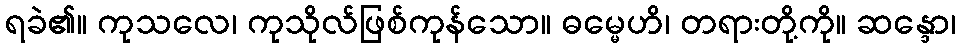
ရခဲ၏။ ကုသလေ၊ ကုသိုလ်ဖြစ်ကုန်သော။ ဓမ္မေဟိ၊ တရားတို့ကို။ ဆန္ဒော၊